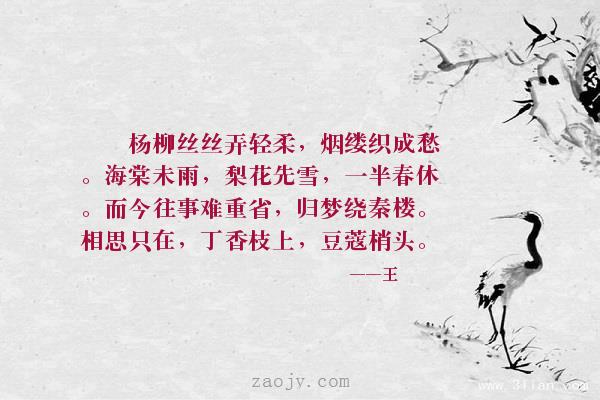
杨柳丝丝弄轻柔，烟缕织成愁。